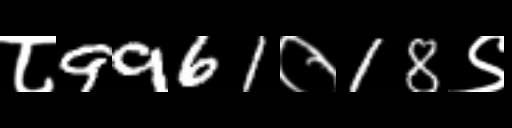
Text: ८9961०18९